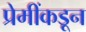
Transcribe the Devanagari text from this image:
प्रेमींकडून